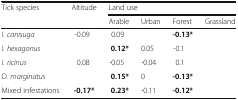
<table><thead><tr><td rowspan="2"><b>Tick species</b></td><td rowspan="2"><b>Altitude</b></td><td colspan="4"><b>Land use</b></td></tr><tr><td><b>Arable</b></td><td><b>Urban</b></td><td><b>Forest</b></td><td><b>Grassland</b></td></tr></thead><tbody><tr><td><i>I. canisuga</i></td><td>-0.09</td><td>0.09</td><td>[EMPTY_CELL]</td><td><b>-0.13*</b></td><td>[EMPTY_CELL]</td></tr><tr><td><i>I. hexagonus</i></td><td>[EMPTY_CELL]</td><td><b>0.12*</b></td><td>0.05</td><td>-0.1</td><td>[EMPTY_CELL]</td></tr><tr><td><i>I. ricinus</i></td><td>0.08</td><td>-0.05</td><td>-0.04</td><td>0.1</td><td>[EMPTY_CELL]</td></tr><tr><td><i>D. marginatus</i></td><td>[EMPTY_CELL]</td><td><b>0.15*</b></td><td>0</td><td><b>-0.13*</b></td><td>[EMPTY_CELL]</td></tr><tr><td>Mixed infestations</td><td><b>-0.17*</b></td><td><b>0.23*</b></td><td>-0.11</td><td><b>-0.12*</b></td><td>[EMPTY_CELL]</td></tr></tbody></table>